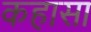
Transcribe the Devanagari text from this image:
कहासा